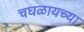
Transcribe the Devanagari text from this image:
चघळायच्या